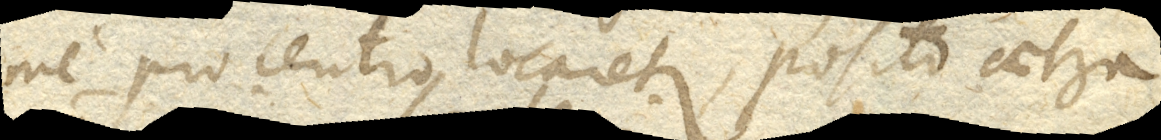
me pro centro locaretur, posito caetera